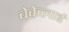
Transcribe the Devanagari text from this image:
बेकेलार्ड